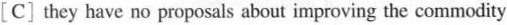
[C] they have no proposals about improving the commodity